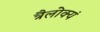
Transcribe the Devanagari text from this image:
त्रैलोक्यं